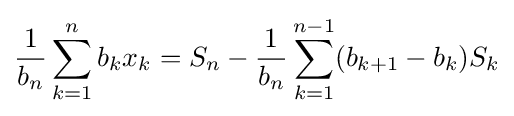
{\frac {1}{b_{n}}}\sum _{k=1}^{n}b_{k}x_{k}=S_{n}-{\frac {1}{b_{n}}}\sum _{k=1}^{n-1}(b_{k+1}-b_{k})S_{k}